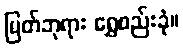
မြတ်ဘုရား ရွှေစည်းခုံ။